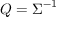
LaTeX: { \boldsymbol { Q } } = { \boldsymbol { \Sigma } } ^ { - 1 }